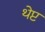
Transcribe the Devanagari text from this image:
थेप्ट